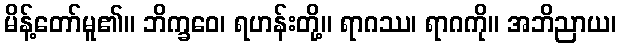
မိန့်တော်မူ၏။ ဘိက္ခဝေ၊ ရဟန်းတို့။ ရာဂဿ၊ ရာဂကို။ အဘိညာယ၊